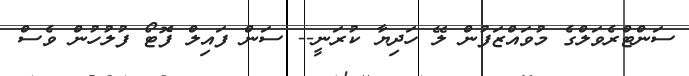
ސަންޓްރެވަލްގެ މުވައްޒަފުން ލޭ ހަދިޔާ ކުރަނީ-- ސަން ފައިލް ފޮޓޯ ފުލުހުން ވެސް